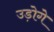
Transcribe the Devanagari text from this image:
उड़ोगे